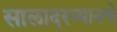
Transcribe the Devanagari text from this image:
सालादरम्यानचे